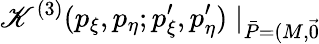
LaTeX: \mathscr{K}^{(3)}(p_{\xi},p_{\eta};p_{\xi}^{\prime},p_{\eta}^{\prime})\mid_{\bar{{P}}=(M,\vec{{0}})}\! \!